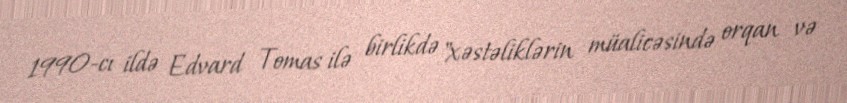
1990-cı ildə Edvard Tomas ilə birlikdə "xəstəliklərin müalicəsində orqan və